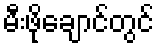
မီးဖိုချောင်တွင်